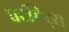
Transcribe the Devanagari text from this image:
वर्टीब्रेट्स